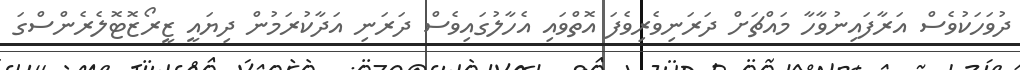
ދުވަހަކުވެސް އަރާފައިނުވާހާ މައްޗަށް ދަރަނިވެރިވެފަ އޮތްވައި އެހާލުގައިވެސް ދަރަނި އަދާކުރަމުން ދިޔައީ ޒީރޯޒޮޓޮލެރެންސްގަ